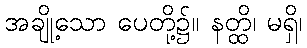
အချို့သော ပေတို့၌။ နတ္ထိ၊ မရှိ၊